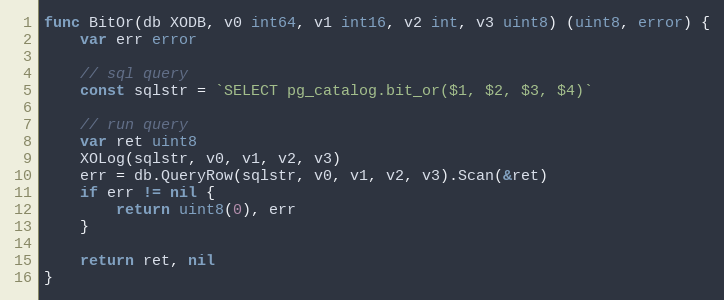
Language: Go
func BitOr(db XODB, v0 int64, v1 int16, v2 int, v3 uint8) (uint8, error) {
	var err error

	// sql query
	const sqlstr = `SELECT pg_catalog.bit_or($1, $2, $3, $4)`

	// run query
	var ret uint8
	XOLog(sqlstr, v0, v1, v2, v3)
	err = db.QueryRow(sqlstr, v0, v1, v2, v3).Scan(&ret)
	if err != nil {
		return uint8(0), err
	}

	return ret, nil
}